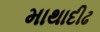
માથાદીઢ